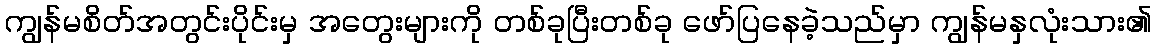
ကျွန်မစိတ်အတွင်းပိုင်းမှ အတွေးများကို တစ်ခုပြီးတစ်ခု ဖော်ပြနေခဲ့သည်မှာ ကျွန်မနှလုံးသား၏